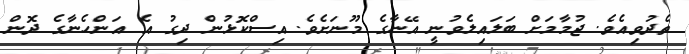
ތެދުވިއެވެ. ޖުމާމަށް ބަލައިލެވުނީ އޭނާގެ މޫނަށެވެ. އިސްކޮޅުން ދިގު އެ އަންހެނާގެ ދޮން